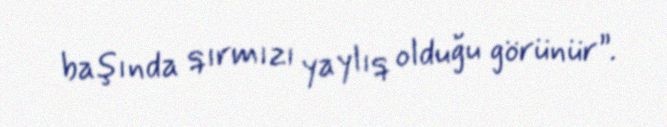
başında qırmızı yaylıq olduğu görünür”.